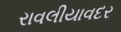
રાવલીયાવદર